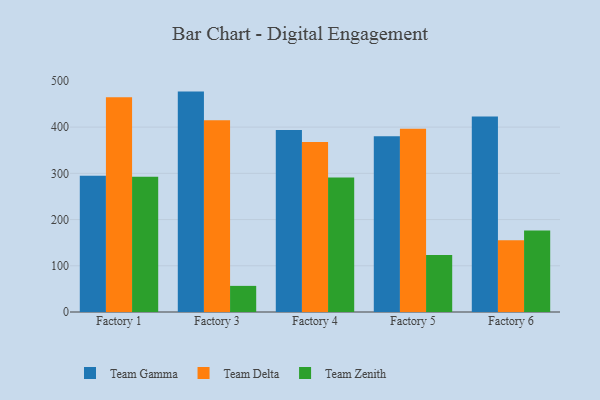
{"axis": {"x": "Factory", "y": "Production Output"}, "legend": ["Team Delta", "Team Gamma", "Team Zenith"], "data": [{"x": "Factory 1", "y": 294.6, "type": "Team Gamma"}, {"x": "Factory 1", "y": 464.6, "type": "Team Delta"}, {"x": "Factory 1", "y": 292.6, "type": "Team Zenith"}, {"x": "Factory 3", "y": 476.8, "type": "Team Gamma"}, {"x": "Factory 3", "y": 414.9, "type": "Team Delta"}, {"x": "Factory 3", "y": 56.5, "type": "Team Zenith"}, {"x": "Factory 4", "y": 393.9, "type": "Team Gamma"}, {"x": "Factory 4", "y": 367.9, "type": "Team Delta"}, {"x": "Factory 4", "y": 291.1, "type": "Team Zenith"}, {"x": "Factory 5", "y": 380.4, "type": "Team Gamma"}, {"x": "Factory 5", "y": 396.6, "type": "Team Delta"}, {"x": "Factory 5", "y": 123.2, "type": "Team Zenith"}, {"x": "Factory 6", "y": 423.2, "type": "Team Gamma"}, {"x": "Factory 6", "y": 155.1, "type": "Team Delta"}, {"x": "Factory 6", "y": 176.2, "type": "Team Zenith"}]}